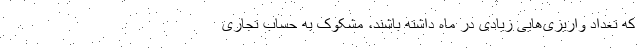
که تعداد واریزی‌هایی زیادی در ماه داشته باشند، مشکوک به حساب تجاری